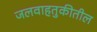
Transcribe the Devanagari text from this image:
जलवाहतुकीतील